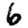
Digit: 6